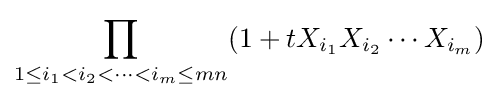
\prod _{1\leq i_{1}<i_{2}<\cdots <i_{m}\leq mn}(1+tX_{i_{1}}X_{i_{2}}\cdots X_{i_{m}})